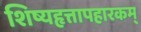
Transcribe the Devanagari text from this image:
शिष्यहृत्तापहारकम्